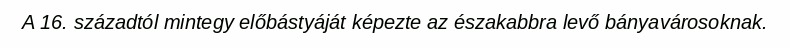
A 16. századtól mintegy előbástyáját képezte az északabbra levő bányavárosoknak.